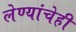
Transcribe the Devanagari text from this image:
लेण्यांचेही